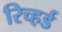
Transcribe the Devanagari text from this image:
रिच्हर्ड